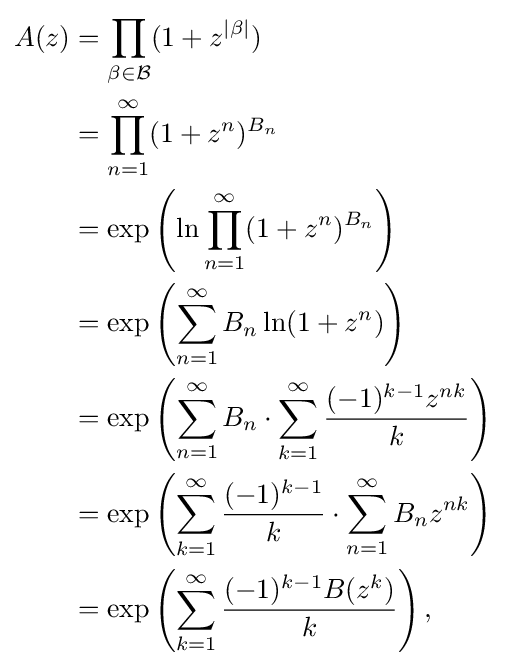
{\begin{aligned}A(z)&{}=\prod _{\beta \in {\mathcal {B}}}(1+z^{|\beta |})\\&{}=\prod _{n=1}^{\infty }(1+z^{n})^{B_{n}}\\&{}=\exp \left(\ln \prod _{n=1}^{\infty }(1+z^{n})^{B_{n}}\right)\\&{}=\exp \left(\sum _{n=1}^{\infty }B_{n}\ln(1+z^{n})\right)\\&{}=\exp \left(\sum _{n=1}^{\infty }B_{n}\cdot \sum _{k=1}^{\infty }{\frac {(-1)^{k-1}z^{nk}}{k}}\right)\\&{}=\exp \left(\sum _{k=1}^{\infty }{\frac {(-1)^{k-1}}{k}}\cdot \sum _{n=1}^{\infty }B_{n}z^{nk}\right)\\&{}=\exp \left(\sum _{k=1}^{\infty }{\frac {(-1)^{k-1}B(z^{k})}{k}}\right),\end{aligned}}